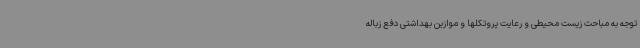
توجه به مباحث زیست محیطی و رعایت پروتکلها و موازین بهداشتی دفع زباله